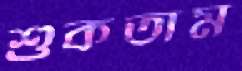
শুকতাম